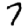
Digit: 7